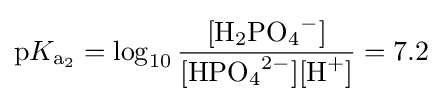
\mathrm {p} K_{{\ce {a2}}}=\log _{10}{\frac {[{\ce {H_2PO_4^{-}}}]}{[{\ce {HPO_4^{2-}}}][{\ce {H^+}}]}}=7.2